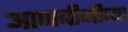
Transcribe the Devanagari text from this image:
आणबीणीच्या